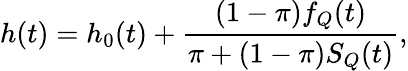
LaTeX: h(t)=h_{0}(t)+\frac{(1-\pi)f_{Q}(t)}{\pi+(1-\pi)S_{Q}(t)},